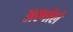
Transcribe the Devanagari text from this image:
अल्गोले